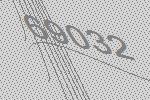
69032